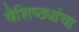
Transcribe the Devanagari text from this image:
वैशिष्ठ्यांचा